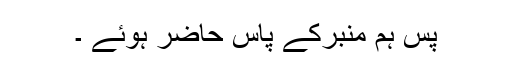
پس ہم منبرکے پاس حاضر ہوئے ۔